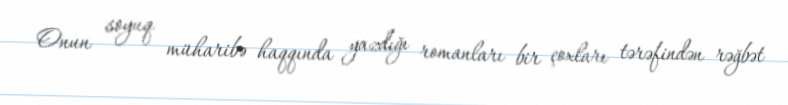
Onun soyuq müharibə haqqında yazdığı romanları bir çoxları tərəfindən rəğbət